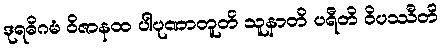
ဒုရဓိဂမံ ဝိဇာနထ ပါပုဏာတူတိ သူနာတိ ပရီတိ ဝိပဿီတိ